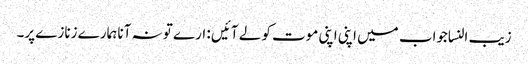
زیب النساجواب میں اپنی اپنی موت کو لے آئیں : ارے تو نہ آنا ہمارے زنازے پر۔